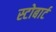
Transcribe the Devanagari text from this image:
स्टोबार्ट